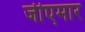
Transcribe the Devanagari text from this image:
जीएमार